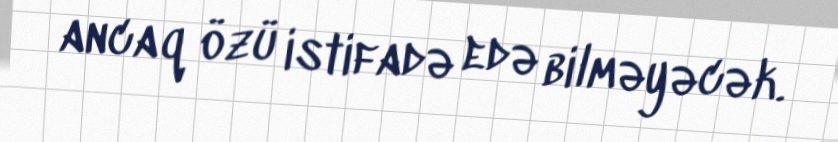
ancaq özü istifadə edə bilməyəcək.